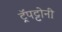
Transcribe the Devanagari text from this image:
ट्रॅपट्टोनी